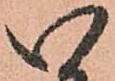
い